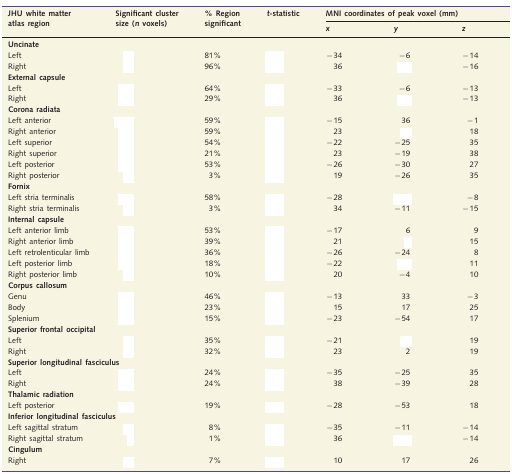
<table><thead><tr><td><b>JHU white matter atlas region</b></td><td><b>Significant cluster size (<i>n</i> voxels)</b></td><td><b>% Region significant</b></td><td><b><i>t</i>-statistic</b></td><td colspan="3"><b>MNI coordinates of peak voxel (mm)</b></td></tr><tr><td>[EMPTY_CELL]</td><td>[EMPTY_CELL]</td><td>[EMPTY_CELL]</td><td>[EMPTY_CELL]</td><td><b><i>x</i></b></td><td><b><i>y</i></b></td><td><b><i>z</i></b></td></tr></thead><tbody><tr><td colspan="7"><b>Uncinate</b></td></tr><tr><td>Left</td><td>[EMPTY_CELL]</td><td>81%</td><td>[EMPTY_CELL]</td><td>−34</td><td>−6</td><td>−14</td></tr><tr><td>Right</td><td>[EMPTY_CELL]</td><td>96%</td><td>[EMPTY_CELL]</td><td>36</td><td>[EMPTY_CELL]</td><td>−16</td></tr><tr><td colspan="7"><b>External capsule</b></td></tr><tr><td>Left</td><td>[EMPTY_CELL]</td><td>64%</td><td>[EMPTY_CELL]</td><td>−33</td><td>−6</td><td>−13</td></tr><tr><td>Right</td><td>[EMPTY_CELL]</td><td>29%</td><td>[EMPTY_CELL]</td><td>36</td><td>[EMPTY_CELL]</td><td>−13</td></tr><tr><td colspan="7"><b>Corona radiata</b></td></tr><tr><td>Left anterior</td><td>[EMPTY_CELL]</td><td>59%</td><td>[EMPTY_CELL]</td><td>−15</td><td>36</td><td>−1</td></tr><tr><td>Right anterior</td><td>[EMPTY_CELL]</td><td>59%</td><td>[EMPTY_CELL]</td><td>23</td><td>[EMPTY_CELL]</td><td>18</td></tr><tr><td>Left superior</td><td>[EMPTY_CELL]</td><td>54%</td><td>[EMPTY_CELL]</td><td>−22</td><td>−25</td><td>35</td></tr><tr><td>Right superior</td><td>[EMPTY_CELL]</td><td>21%</td><td>[EMPTY_CELL]</td><td>23</td><td>−19</td><td>38</td></tr><tr><td>Left posterior</td><td>[EMPTY_CELL]</td><td>53%</td><td>[EMPTY_CELL]</td><td>−26</td><td>−30</td><td>27</td></tr><tr><td>Right posterior</td><td>[EMPTY_CELL]</td><td>3%</td><td>[EMPTY_CELL]</td><td>19</td><td>−26</td><td>35</td></tr><tr><td colspan="7"><b>Fornix</b></td></tr><tr><td>Left stria terminalis</td><td>[EMPTY_CELL]</td><td>58%</td><td>[EMPTY_CELL]</td><td>−28</td><td>[EMPTY_CELL]</td><td>−8</td></tr><tr><td>Right stria terminalis</td><td>[EMPTY_CELL]</td><td>3%</td><td>[EMPTY_CELL]</td><td>34</td><td>−11</td><td>−15</td></tr><tr><td colspan="7"><b>Internal capsule</b></td></tr><tr><td>Left anterior limb</td><td>[EMPTY_CELL]</td><td>53%</td><td>[EMPTY_CELL]</td><td>−17</td><td>6</td><td>9</td></tr><tr><td>Right anterior limb</td><td>[EMPTY_CELL]</td><td>39%</td><td>[EMPTY_CELL]</td><td>21</td><td>[EMPTY_CELL]</td><td>15</td></tr><tr><td>Left retrolenticular limb</td><td>[EMPTY_CELL]</td><td>36%</td><td>[EMPTY_CELL]</td><td>−26</td><td>−24</td><td>8</td></tr><tr><td>Left posterior limb</td><td>[EMPTY_CELL]</td><td>18%</td><td>[EMPTY_CELL]</td><td>−22</td><td>[EMPTY_CELL]</td><td>11</td></tr><tr><td>Right posterior limb</td><td>[EMPTY_CELL]</td><td>10%</td><td>[EMPTY_CELL]</td><td>20</td><td>−4</td><td>10</td></tr><tr><td colspan="7"><b>Corpus callosum</b></td></tr><tr><td>Genu</td><td>[EMPTY_CELL]</td><td>46%</td><td>[EMPTY_CELL]</td><td>−13</td><td>33</td><td>−3</td></tr><tr><td>Body</td><td>[EMPTY_CELL]</td><td>23%</td><td>[EMPTY_CELL]</td><td>15</td><td>17</td><td>25</td></tr><tr><td>Splenium</td><td>[EMPTY_CELL]</td><td>15%</td><td>[EMPTY_CELL]</td><td>−23</td><td>−54</td><td>17</td></tr><tr><td colspan="7"><b>Superior frontal occipital</b></td></tr><tr><td>Left</td><td>[EMPTY_CELL]</td><td>35%</td><td>[EMPTY_CELL]</td><td>−21</td><td>[EMPTY_CELL]</td><td>19</td></tr><tr><td>Right</td><td>[EMPTY_CELL]</td><td>32%</td><td>[EMPTY_CELL]</td><td>23</td><td>2</td><td>19</td></tr><tr><td colspan="7"><b>Superior longitudinal fasciculus</b></td></tr><tr><td>Left</td><td>[EMPTY_CELL]</td><td>24%</td><td>[EMPTY_CELL]</td><td>−35</td><td>−25</td><td>35</td></tr><tr><td>Right</td><td>[EMPTY_CELL]</td><td>24%</td><td>[EMPTY_CELL]</td><td>38</td><td>−39</td><td>28</td></tr><tr><td colspan="7"><b>Thalamic radiation</b></td></tr><tr><td>Left posterior</td><td>[EMPTY_CELL]</td><td>19%</td><td>[EMPTY_CELL]</td><td>−28</td><td>−53</td><td>18</td></tr><tr><td colspan="7"><b>Inferior longitudinal fasciculus</b></td></tr><tr><td>Left sagittal stratum</td><td>[EMPTY_CELL]</td><td>8%</td><td>[EMPTY_CELL]</td><td>−35</td><td>−11</td><td>−14</td></tr><tr><td>Right sagittal stratum</td><td>[EMPTY_CELL]</td><td>1%</td><td>[EMPTY_CELL]</td><td>36</td><td>[EMPTY_CELL]</td><td>−14</td></tr><tr><td colspan="7"><b>Cingulum</b></td></tr><tr><td>Right</td><td>[EMPTY_CELL]</td><td>7%</td><td>[EMPTY_CELL]</td><td>10</td><td>17</td><td>26</td></tr></tbody></table>